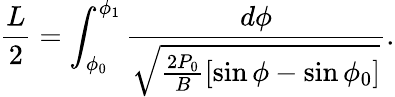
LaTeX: \frac{L}{2}=\int_{\phi_{0}}^{\phi_{1}}\frac{d\phi}{\sqrt{\frac{2P_{0}}{B}[\sin\phi-\sin\phi_{0}]}}.